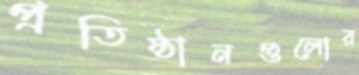
প্রতিষ্ঠানগুলোর